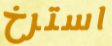
استرخ